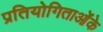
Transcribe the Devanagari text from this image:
प्रतियोगिताओंके